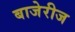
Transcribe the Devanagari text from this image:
बाजेरीज